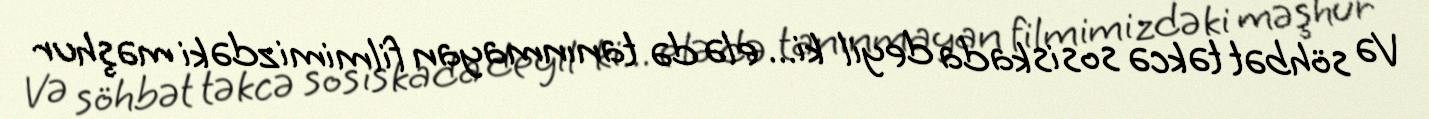
Və söhbət təkcə sosiskada deyil ki... elə də tanınmayan filmimizdəki məşhur